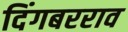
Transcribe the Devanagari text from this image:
दिंगबरराव